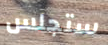
ستجلس